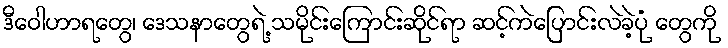
ဒီဝေါဟာရတွေ၊ ဒေသနာတွေရဲ့ သမိုင်းကြောင်းဆိုင်ရာ ဆင့်ကဲပြောင်းလဲခဲ့ပုံ တွေကို